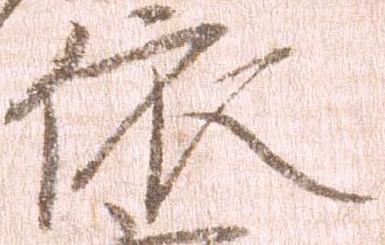
依